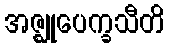
အဇ္ဈုပေက္ခသီတိ